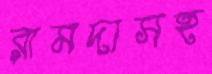
রামদাসহ